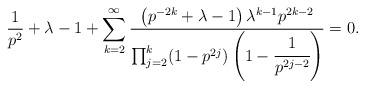
LaTeX: \begin{align*}\frac{1}{p^2}+\lambda -1+ \sum_{k=2}^\infty \frac{\left(p^{-2k}+\lambda -1\right) \lambda^{k-1}p^{2k-2}} {\prod_{j=2}^k(1-p^{2j})\left(1-\cfrac1{p^{2j-2}}\right)} =0.\end{align*}